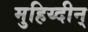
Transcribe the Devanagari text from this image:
मुहिय्दीन्